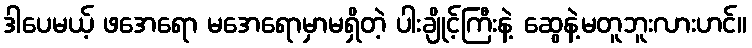
ဒါပေမယ့် ဖအေရော မအေရောမှာမရှိတဲ့ ပါးချိုင့်ကြီးနဲ့ ဆွေနဲ့မတူဘူးလားဟင်။